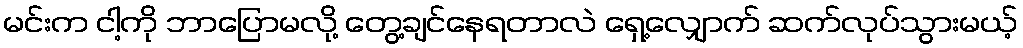
မင်းက ငါ့ကို ဘာပြောမလို့ တွေ့ချင်နေရတာလဲ ရှေ့လျှောက် ဆက်လုပ်သွားမယ့်